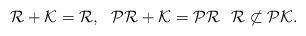
LaTeX: \begin{align*} \mathcal R+ \mathcal K = \mathcal R, \ \ \mathcal P\mathcal R + \mathcal K = \mathcal P\mathcal R \ \ \mathcal R \not\subset \mathcal P \mathcal K.\end{align*}